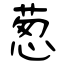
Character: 葱